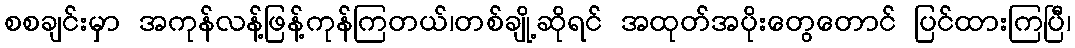
စစချင်းမှာ အကုန်လန့်ဖြန့်ကုန်ကြတယ်၊တစ်ချို့ဆိုရင် အထုတ်အပိုးတွေတောင် ပြင်ထားကြပြီ၊